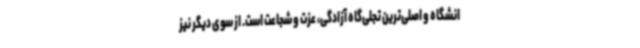
انشگاه و اصلی‌ترین تجلی‌گاه آزادگی، عزت و شجاعت است. از سوی دیگر نیز